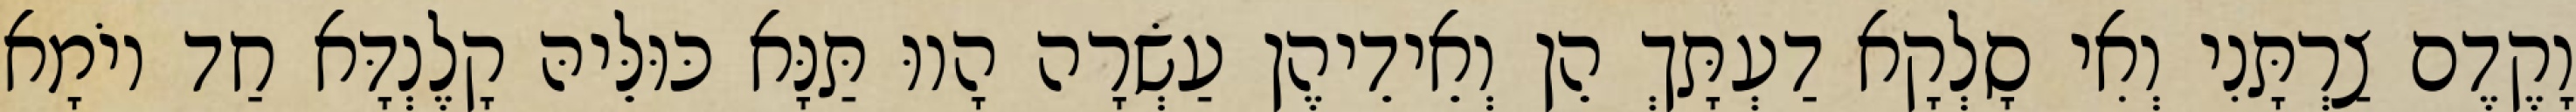
וָקֶדֶם צַרְתָּנִי וְאִי סָלְקָא דַעְתָּךְ הֵן וְאֵידֵיהֶן עַשְׂרָה הָווּ תַּנָּא כּוּלֵּיהּ קָלֶנְדָּא חַד יוֹמָא